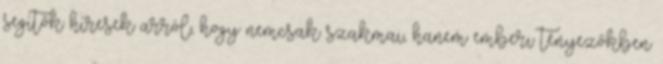
segítők híresek arról, hogy nemcsak szakmai, hanem emberi tényezőkben